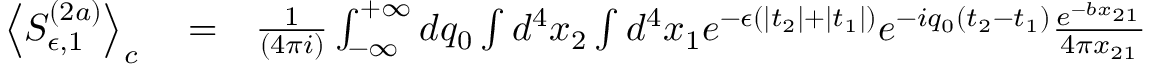
\begin{array} { r l r } { \left< S _ { \epsilon , 1 } ^ { ( 2 a ) } \right> _ { c } } & { { } = } & { \frac { 1 } { \left( 4 \pi i \right) } \int _ { - \infty } ^ { + \infty } d q _ { 0 } \int d ^ { 4 } x _ { 2 } \int d ^ { 4 } x _ { 1 } e ^ { - \epsilon \left( \left| t _ { 2 } \right| + \left| t _ { 1 } \right| \right) } e ^ { - i q _ { 0 } \left( t _ { 2 } - t _ { 1 } \right) } \frac { e ^ { - b x _ { 2 1 } } } { 4 \pi x _ { 2 1 } } } \end{array}